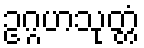
ဥဂ္ဂဟသုတ္တံ